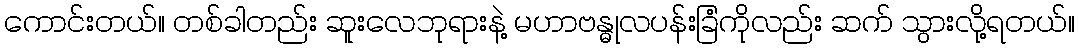
ကောင်းတယ်။ တစ်ခါတည်း ဆူးလေဘုရားနဲ့ မဟာဗန္ဓုလပန်းခြံကိုလည်း ဆက် သွားလို့ရတယ်။